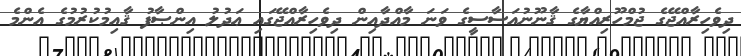
ދިވެހިރާއްޖޭގެ ޖުމްހޫރިއްޔާގެ ޤާނޫނުއަސާސީގެ ވަނަ މާއްދާއިން ދިވެހިރާއްޖޭގައި ޢަދުލު އިންޞާފު ޤާއިމުކުރުމުގެ އެންމެ